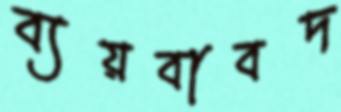
ব্যয়বাবদ